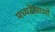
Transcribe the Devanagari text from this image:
मध्यरेखाओं